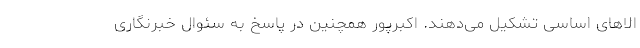
الاهای اساسی تشکیل می‌دهند. اکبرپور همچنین در پاسخ به سئوال خبرنگاری